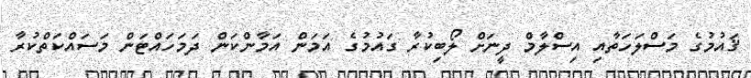
ޤައުމުގެ މަސްލަހަތާއި އިސްލާމް ދީނަށް ލޯބިކުރާ ގައުމުގެ އަމަން އަމާންކަން ދަމަހައްޓަން މަސައްކަތްކުރާ